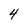
Character: 4